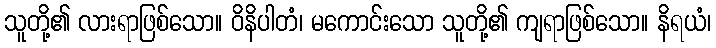
သူတို့၏ လားရာဖြစ်သော။ ဝိနိပါတံ၊ မကောင်းသော သူတို့၏ ကျရာဖြစ်သော။ နိရယံ၊